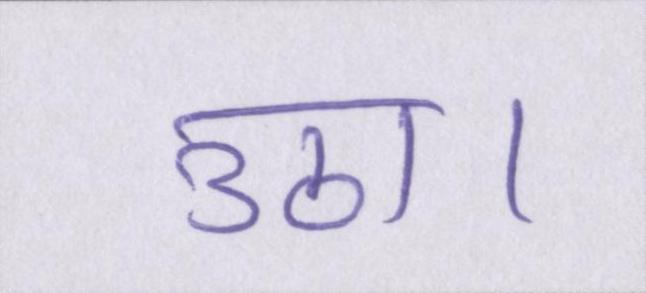
उठा।